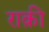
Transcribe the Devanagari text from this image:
राक़ी